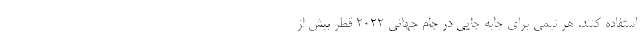
استفاده کنند. هر تیمی برای جابه جایی در جام جهانی 2022 قطر بیش از